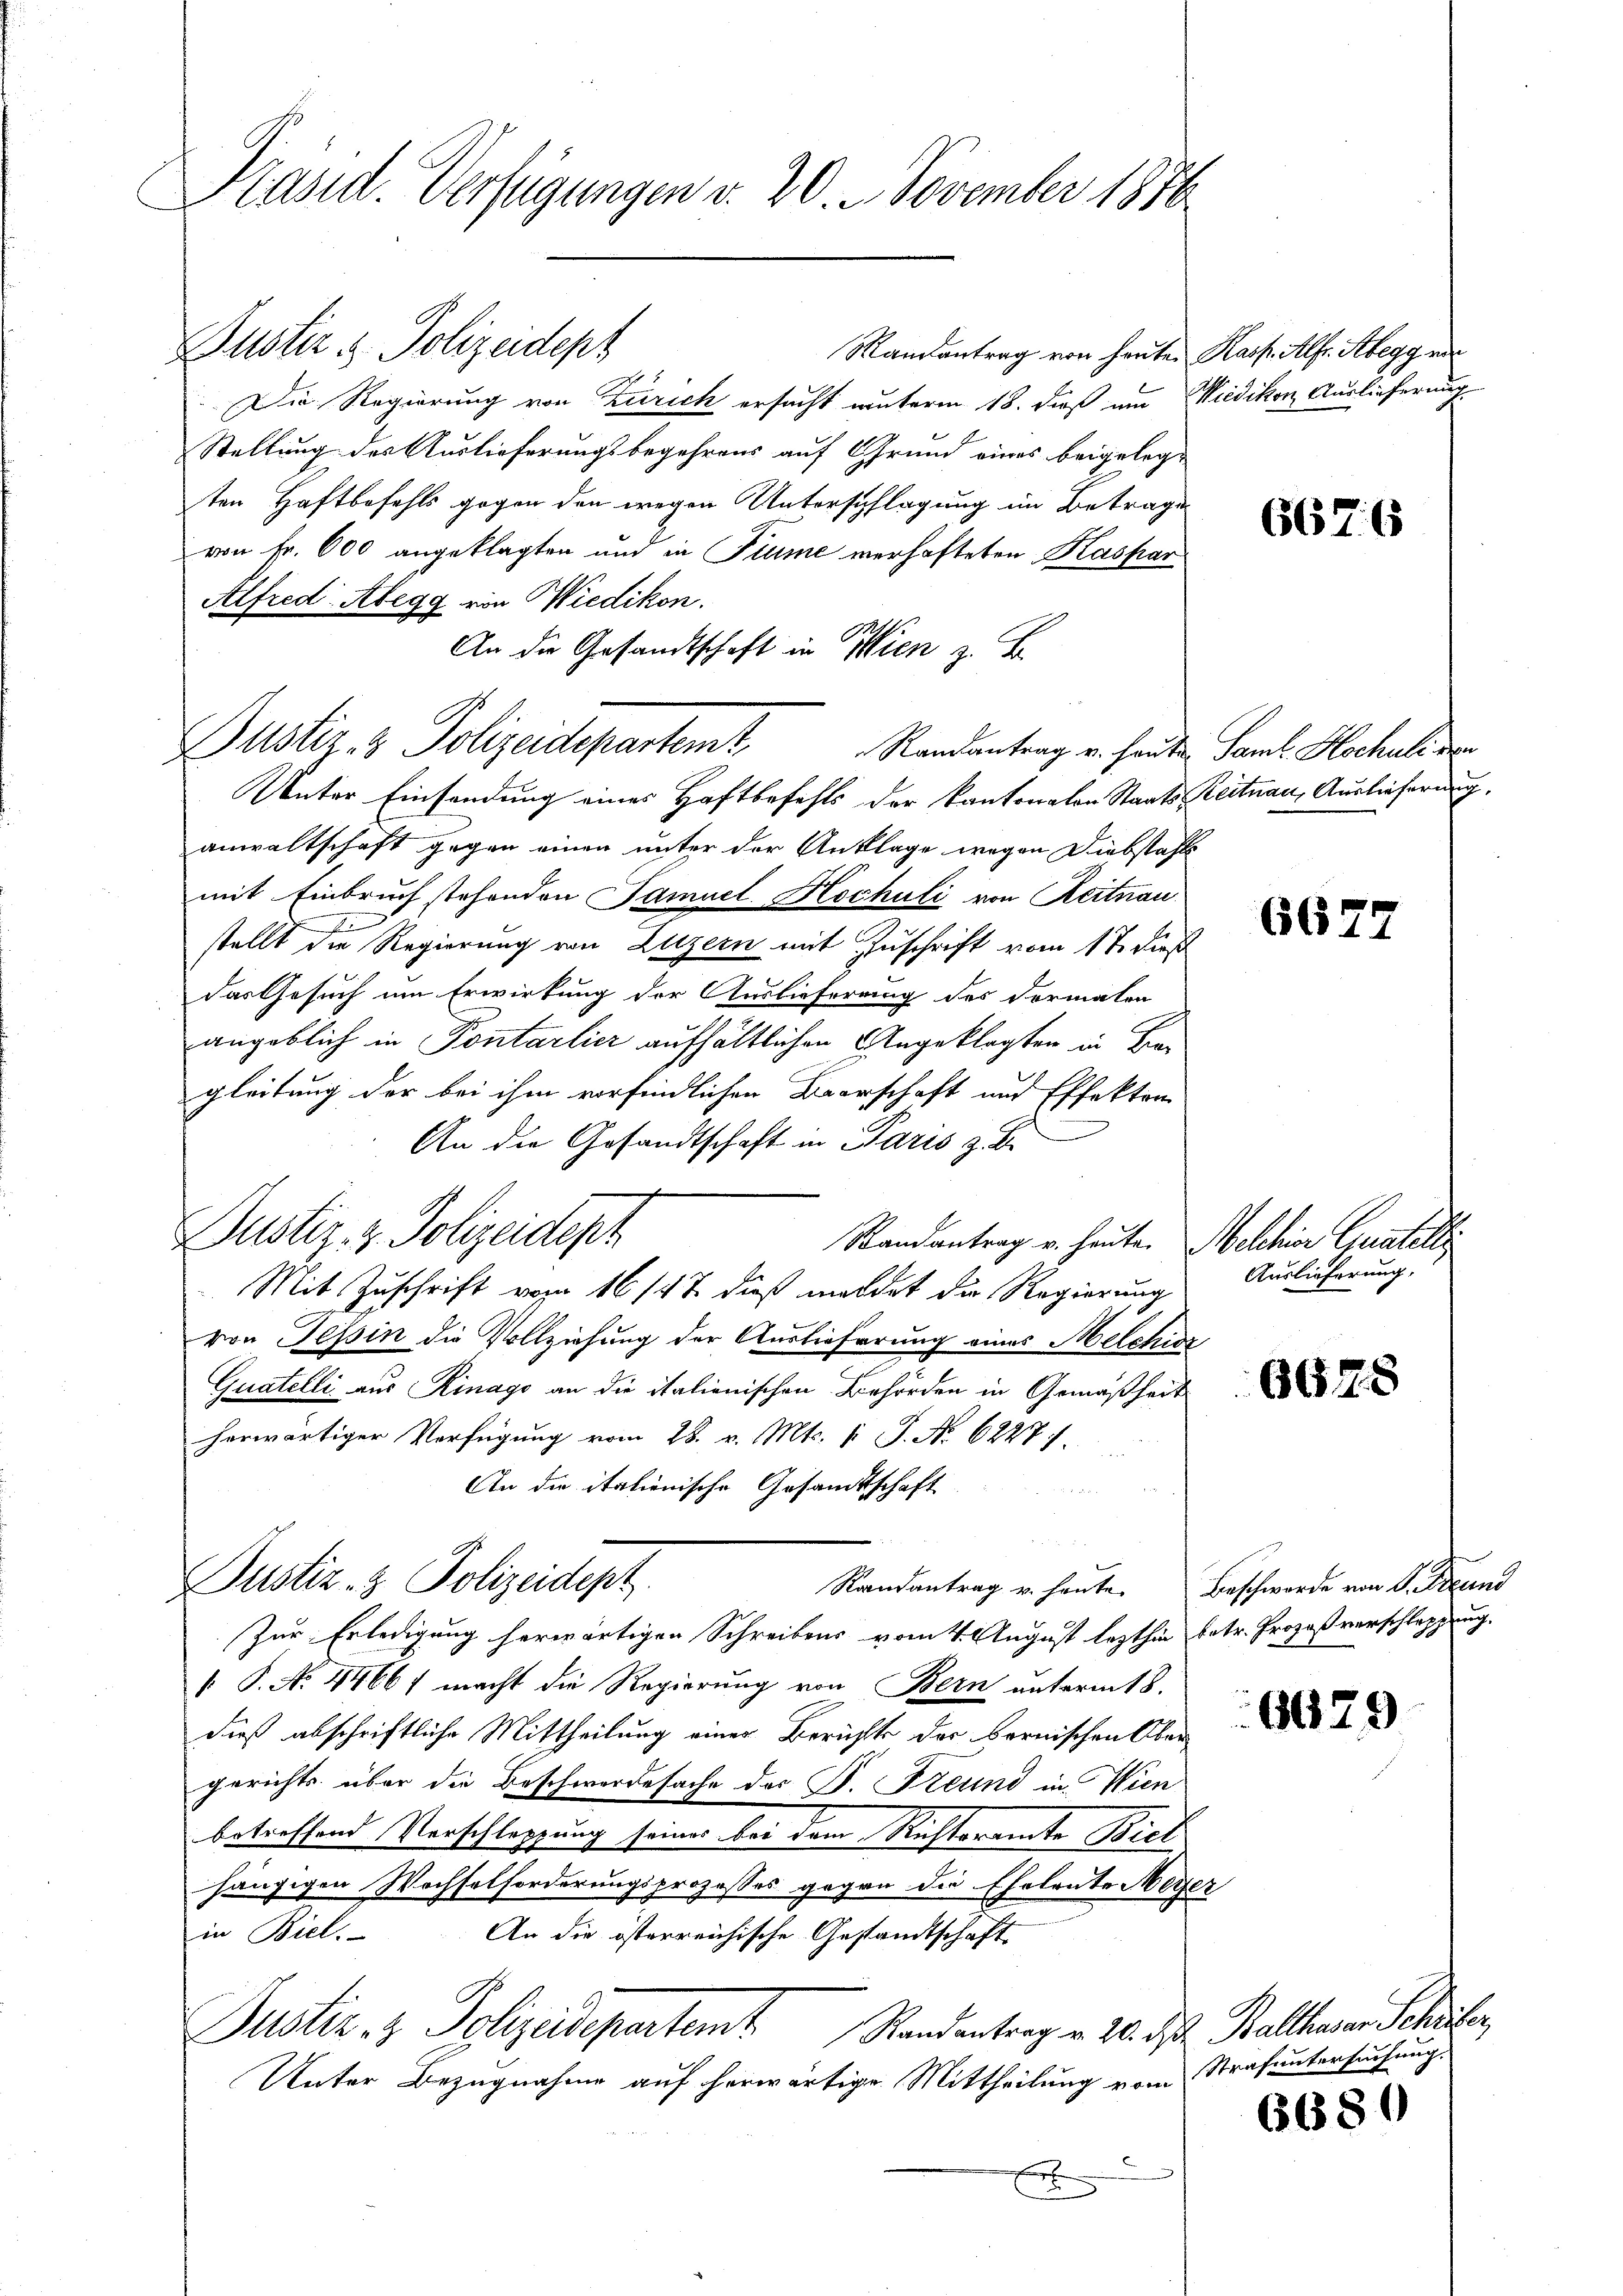
Präsid. Verfügungen v. 20. November 1816.

Mandantrag von heuten
Die Regierung von Zürich ersucht unterm 18. dieß um
Stellung des Auslieferungsbegehrens auf Grund eines beigelege
ten Haftbefehls gegen den wegen Unterschlagung im Betrage
von Fr. 600 angeklagten und in Fiume verhafteten Kaspar
Alfred-Abegg von Wiedikon.
Unter Einsendung eines Haftbefehls der kantonalen Staats-Reitnau, Auslieferung,
anwaltschaft gegen einen unter der Anklage wegen Diebstahls
mit Einbruch stehenden Samuel Hochuli von Reitnau
stellt die Regierung von Luzern mit Zuschrift vom 17. dieß
das Gesuch um Erwirkung der Auslieferung des Formalen
angeblich in Pontarlier aufhältlichen Angeklagten in Begleitung der bei ihm vorfindlichen Baarschaft und Effekten
An die Gesandtschaft in Paris z. B.
Dustiz- & Polizeidept
Randantrag u. heute.
Mit Zuschrift vom 16 147 dieß mildet die Regierung
von Tessin die Vollziehung der Auslieferung eines Melchior
Quatelli aus Rinago an die italienischen Behörden in Gemäßheit
herwärtiger Verfügung vom 28. v. Mts. v. J. No. 6227.
An die italienische Gesamtschaft
u
Justiz- & Polizeidept.
Randantrag u. heute.
Zur Erledigung herwärtigen Schreibens vom 4. August lezthin
 P. No. 44667 macht die Regierung von Bern unterm 18.
dieß abschriftliche Mittheilung einer Berichts der bernischen Ober
gerichts über die Beschwerdesache des P. Freund in Wien
betreffend Verschleppung seines bei dem Richteramte Biet
hängigen Wochselforderungsprozesses gegen die Eheleute Meist
An die österreichische Gestandtschaft
in Biel.
Justiz & Polizeidepartent. Standentrag v. 20. ds.
Unter Bezugnahme auf herwärtige Mittheilung vom

Guster & Polizeidept

An die Gesandtschaft in Wien z. B.
Justiz- & Polizeidepartem Randantrag v. heute Samuel Hochale der

Kais. Alfr. Abegg mit
Wiedikon Auslieferung

Melchen Gall
Auslieferung,

28

6676

667

6678

Beschwerde von P. Freund
betr. Prozeßverschleppung.

662

Balthasar Scheuer
Strafuntersuchung.

6680